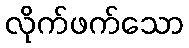
လိုက်ဖက်သော